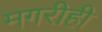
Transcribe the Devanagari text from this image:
मगरीही